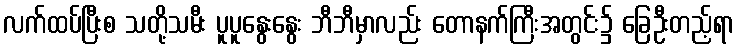
လက်ထပ်ပြီးစ သတို့သမီး ပူပူနွေးနွေး ဘီဘီမှာလည်း တောနက်ကြီးအတွင်း၌ ခြေဦးတည့်ရာ